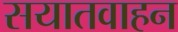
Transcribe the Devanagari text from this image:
सयातवाहन